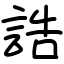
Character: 誥